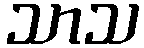
သာသ